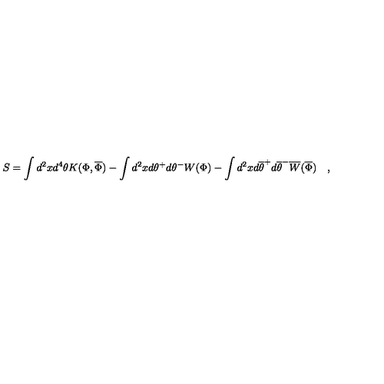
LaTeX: S = \int d ^ { 2 } x d ^ { 4 } \theta K ( \Phi , \overline { { \Phi } } ) - \int d ^ { 2 } x d \theta ^ { + } d \theta ^ { - } W ( \Phi ) - \int d ^ { 2 } x d \overline { { \theta } } ^ { + } d \overline { { \theta } } ^ { - } \overline { { W } } ( \overline { { \Phi } } ) \quad ,